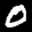
Label: 0